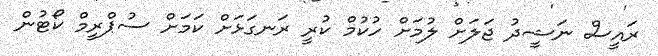
ރައީސް ނަޝީދު ޖަލަށް ލުމަށް ހުކުމް ކުރީ ރަނގަޅަށް ކަމަށް ސުޕްރީމް ކޯޓުން